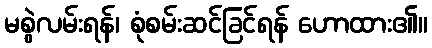
မစွဲလမ်းရန်၊ စုံစမ်းဆင်ခြင်ရန် ဟောထား၏။